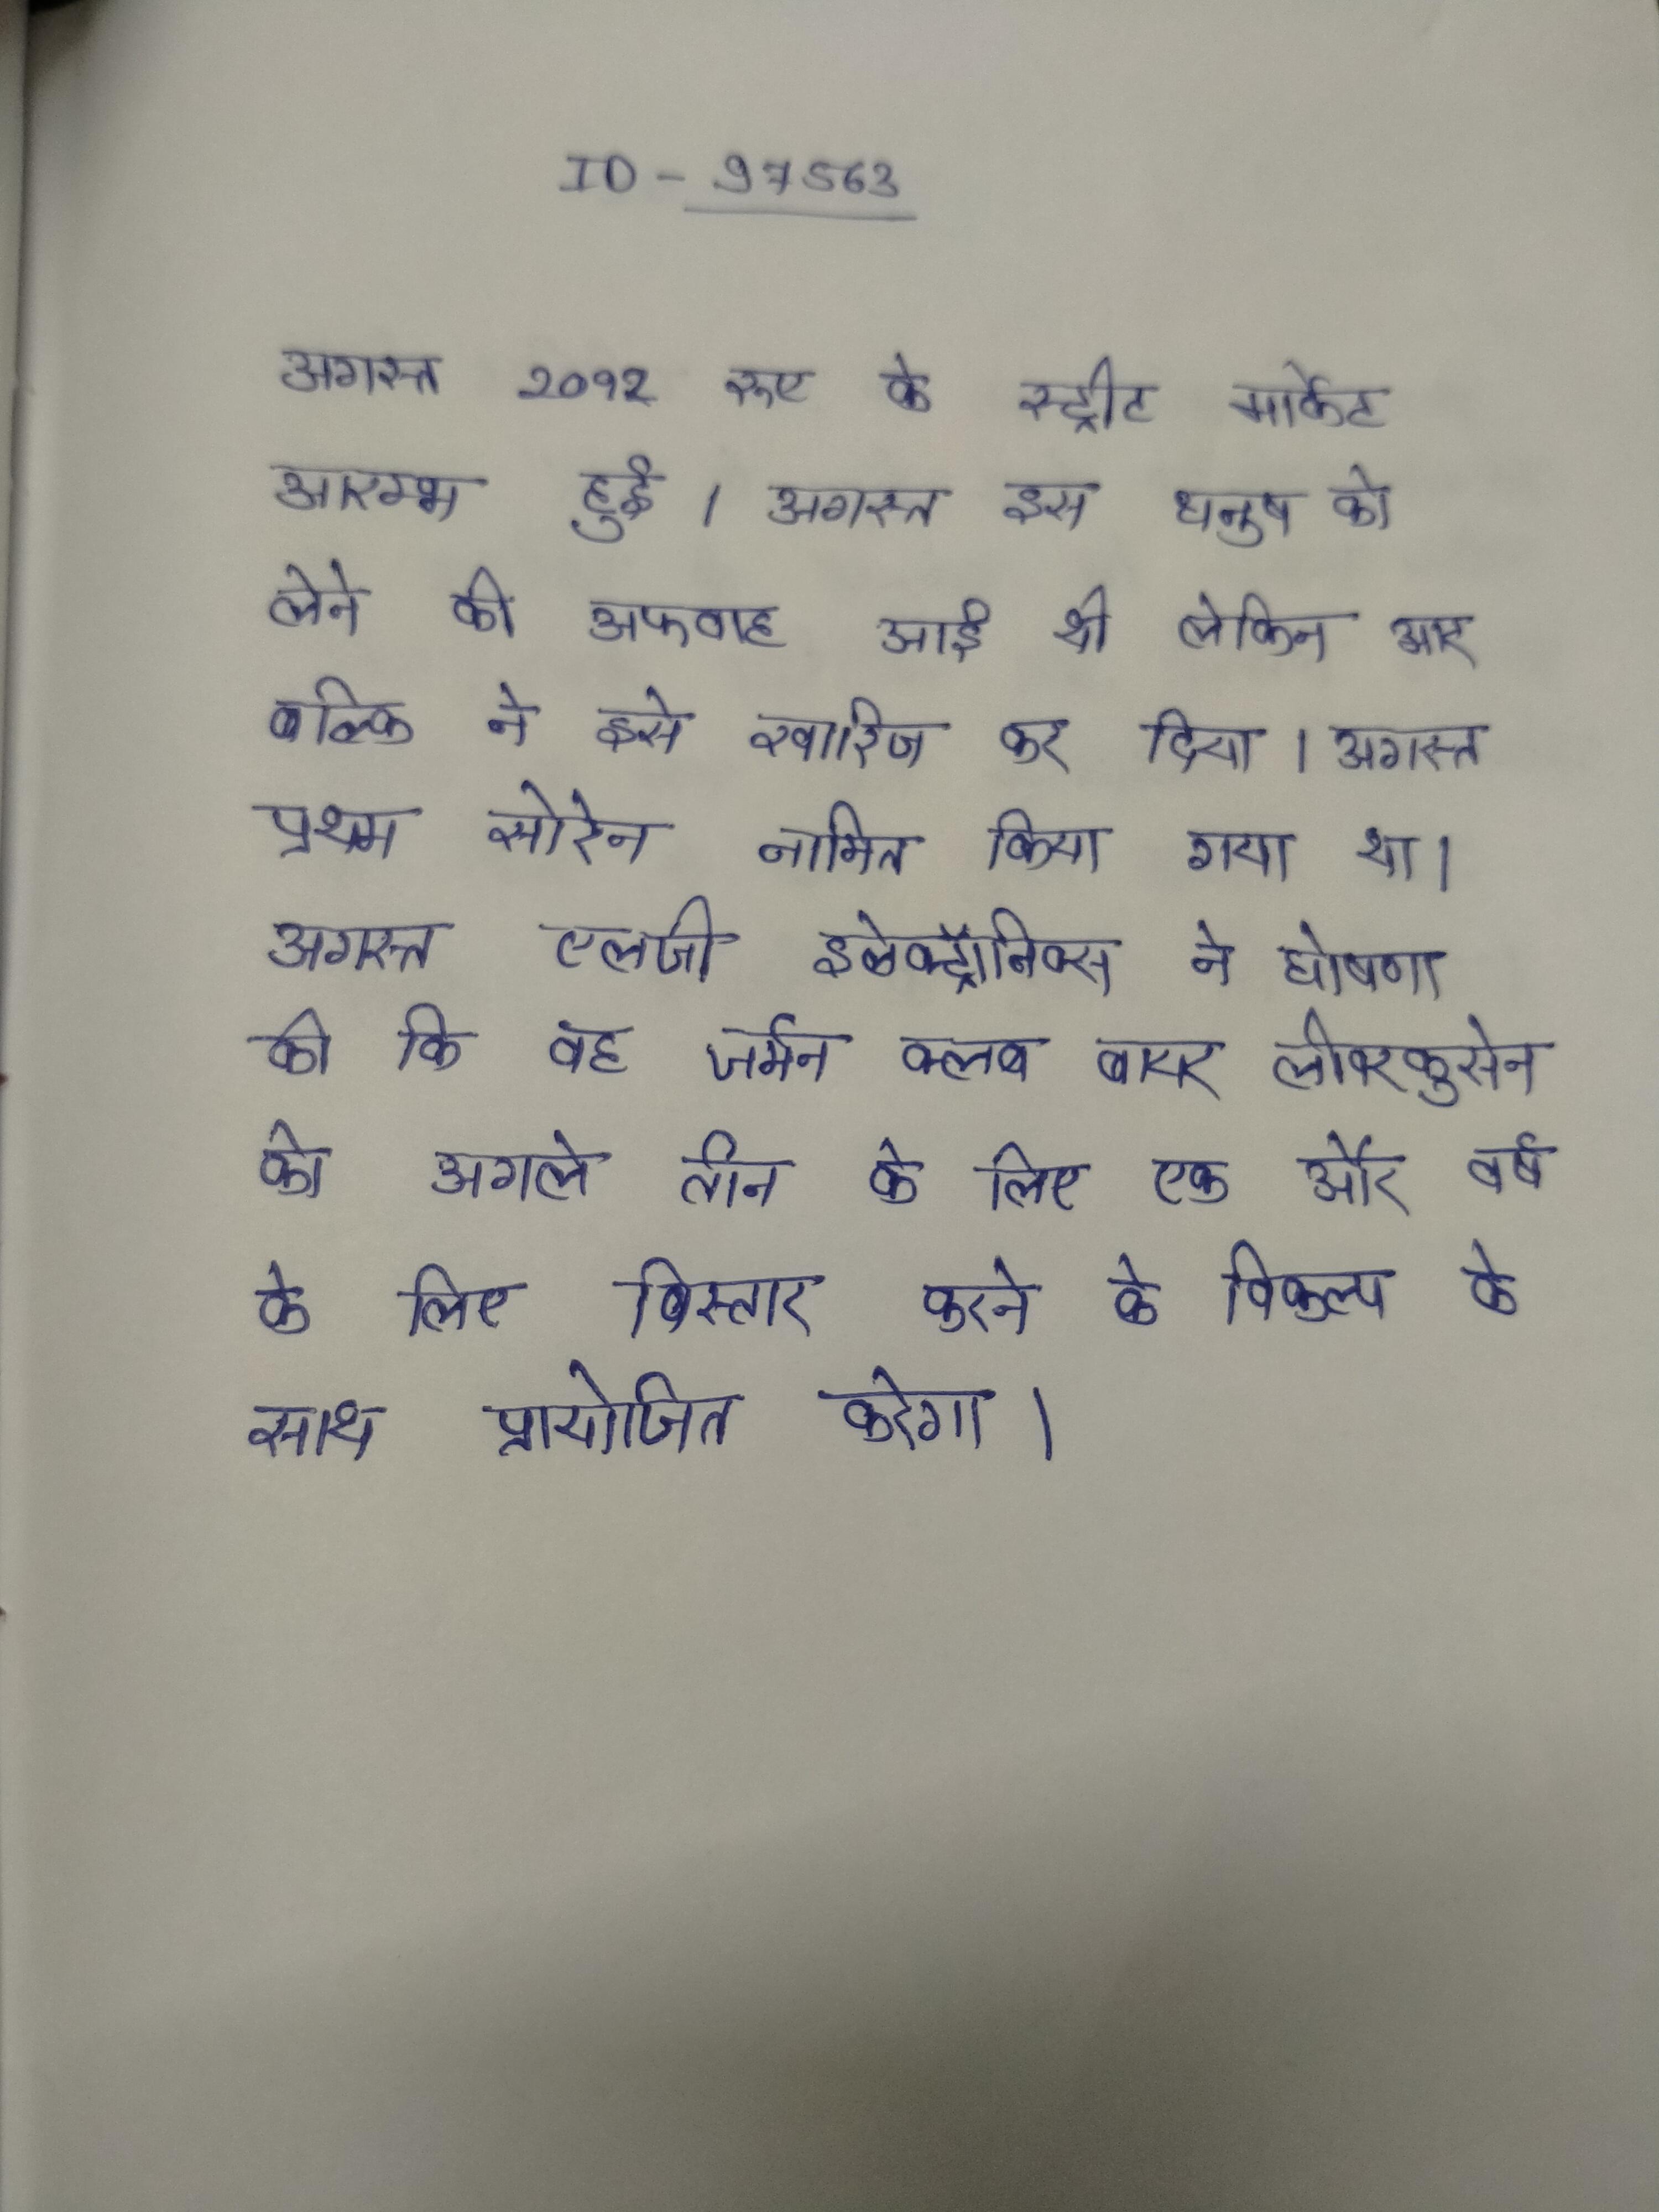
अगस्त २०१२ रुए के स्ट्रीट मार्केट आरम्भ हुई । अगस्त इस धनुष को लेने की अफवाह आई थी लेकिन आर बल्कि ने इसे खारिज कर दिया । अगस्त प्रथम सोरेन नामित किया गया था । अगस्त एलजी इलेक्ट्रॉनिक्स ने घोषणा की कि वह जर्मन क्लब बायर लीवरकुसेन को अगले तीन के लिए एक और वर्ष के लिए विस्तार करने के विकल्प के साथ प्रायोजित करेगा ।